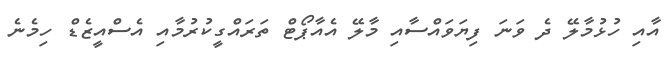
އާއި ހުޅުމާލޭ ދެ ވަނަ ފިޔަވައްސާއި މާލޭ އެއާޕޯޓް ތަރައްގީކުރުމާއި އެސްއީޒެޑް ހިމެނެ